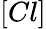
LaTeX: [Cl]